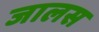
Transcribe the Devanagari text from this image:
जालस